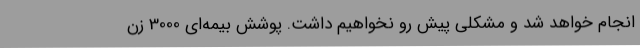
انجام خواهد شد و مشکلی پیش رو نخواهیم داشت. پوشش بیمه‌ای 3000 زن